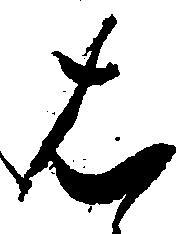
は